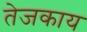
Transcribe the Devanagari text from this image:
तेजकाय